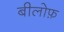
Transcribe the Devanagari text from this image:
बीलोफ़